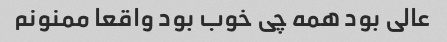
عالی بود همه چی خوب بود واقعا ممنونم